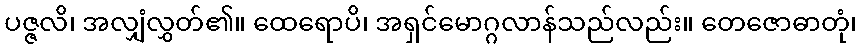
ပဇ္ဇလိ၊ အလျှံလွှတ်၏။ ထေရောပိ၊ အရှင်မောဂ္ဂလာန်သည်လည်း။ တေဇောဓာတုံ၊